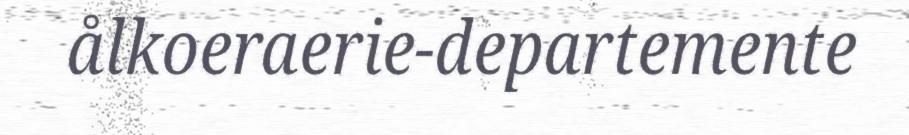
ålkoeraerie-departemente